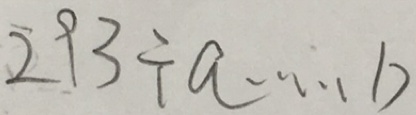
2 9 3 \div a \cdots b